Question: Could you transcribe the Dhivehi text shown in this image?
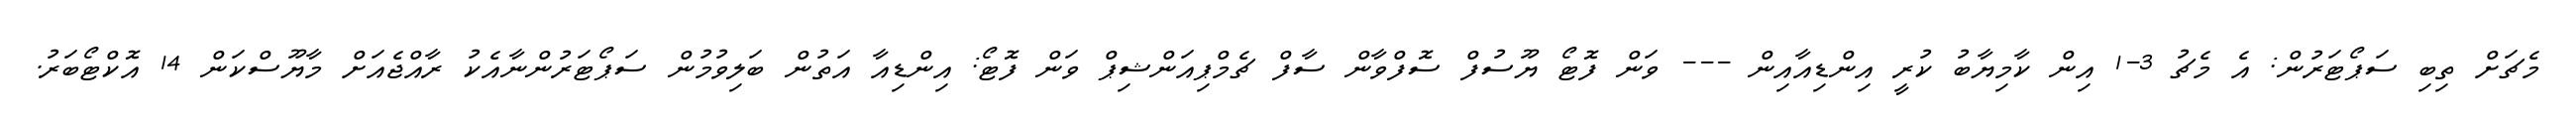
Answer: މެޗަށް ތިބި ސަޕޯޓަރުން: އެ މެޗު 3-1 އިން ކާމިޔާބު ކުރީ އިންޑިއާއިން --- ވަން ފޮޓޯ ޔޫސުފް ސޮފްވާން ސާފް ޗެމްޕިއަންޝިޕް ވަން ފޮޓޯ: އިންޑިއާ އަތުން ބަލިވުމުން ސަޕޯޓަރުންނާއެކު ރާއްޖެއަށް މާޔޫސްކަން 14 އޮކްޓޯބަރު.